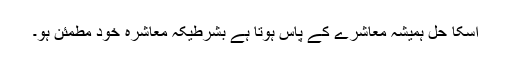
اسکا حل ہمیشہ معاشرے کے پاس ہوتا ہے بشرطیکہ معاشرہ خود مطمئن ہو۔